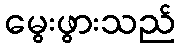
မွေးဖွားသည်